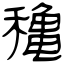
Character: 穐